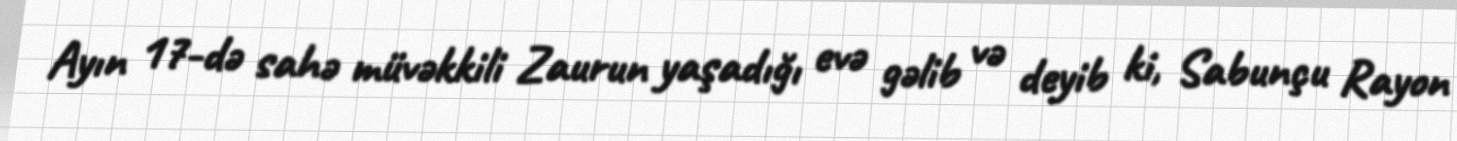
Ayın 17-də sahə müvəkkili Zaurun yaşadığı evə gəlib və deyib ki, Sabunçu Rayon